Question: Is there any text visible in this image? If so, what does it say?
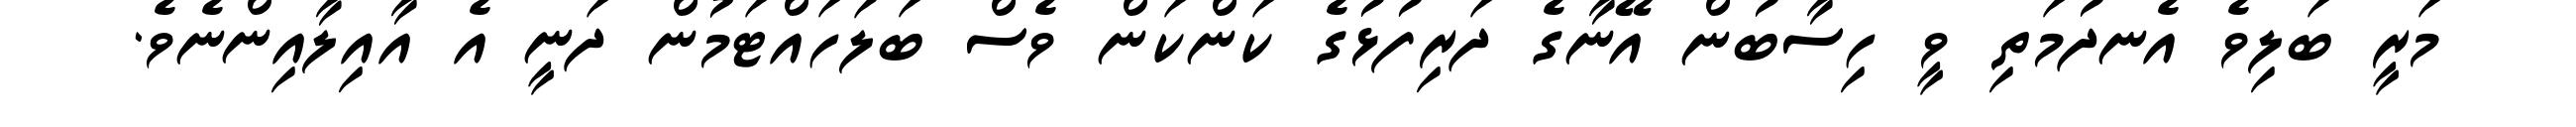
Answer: މަރީ ބަލިވެ އެނދުމަތި ވީ ހިސާބުން އޭނާގެ ދަރިފުޅުގެ ކަންކަން ވެސް ބަލަހައްޓަމުން ދަނީ އެ އާއިލާއިންނެވެ.